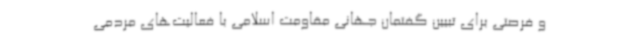
و فرصتی برای تبیین گفتمان جهانی مقاومت اسلامی با فعالیت‌های مردمی